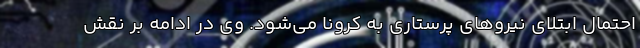
احتمال ابتلای نیروهای پرستاری به کرونا می‌شود. وی در ادامه بر نقش